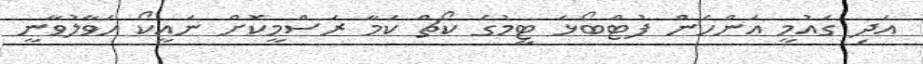
އަދި ގައުމީ އަންހެން ފުޓްބޯޅަ ޓީމުގެ ކޯޗް ކަމާ ރަސްމީކޮށް ނައީކޯ ހަވާލުވާނީ